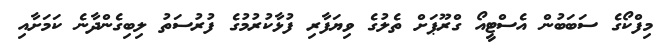
މިފްކޯގެ ސަބަބުން އެސްޓީއޯ ގްރޫޕަށް ތެލުގެ ވިޔަފާރި ފުޅާކުރުމުގެ ފުރުސަތު ލިބިގެންދާނެ ކަމަށާއި